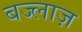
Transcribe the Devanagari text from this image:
बज्लाज़